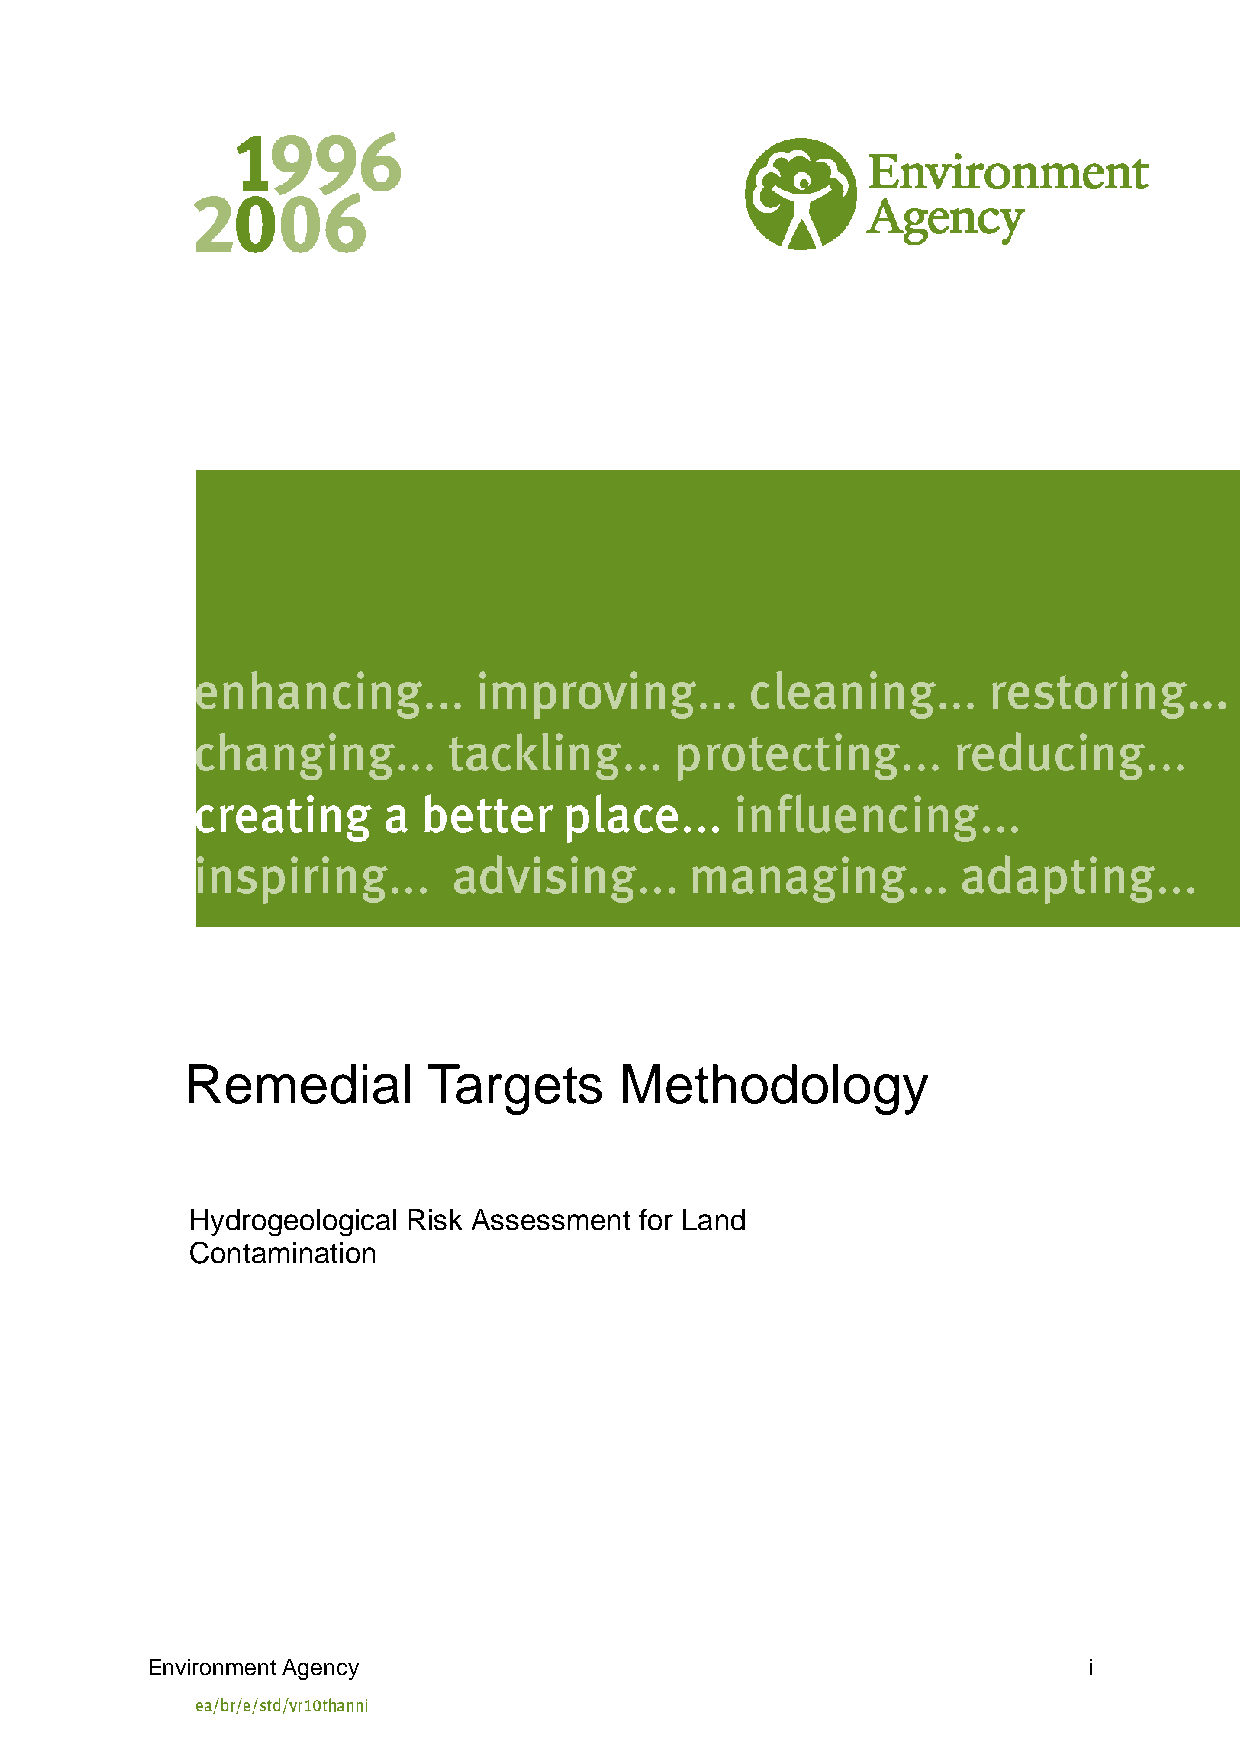
Remedial        Targets      Methodology
 Hydrogeological Risk Assessment for Land
 Contamination
 Environment Agency                                            i